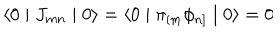
\langle 0 \mid J _ { m n } \mid 0 \rangle = \langle 0 \mid \pi _ { [ m } \phi _ { n ] } \mid 0 \rangle = 0